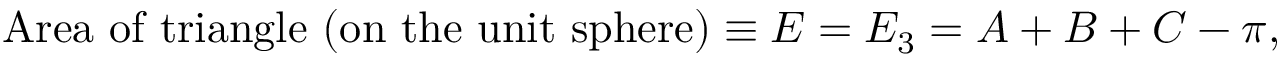
{ \mathrm { A r e a ~ o f ~ t r i a n g l e ~ ( o n ~ t h e ~ u n i t ~ s p h e r e ) } } \equiv E = E _ { 3 } = A + B + C - \pi ,